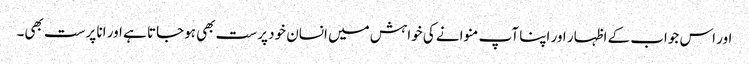
اور اس جواب کے اظہار اور اپنا آپ منوانے کی خواہش میں انسان خود پرست بھی ہوجاتا ہے اور انا پرست بھی۔